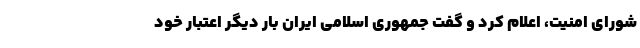
شورای امنیت، اعلام کرد و گفت جمهوری اسلامی ایران بار دیگر اعتبار خود